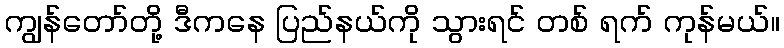
ကျွန်တော်တို့ ဒီကနေ ပြည်နယ်ကို သွားရင် တစ် ရက် ကုန်မယ်။